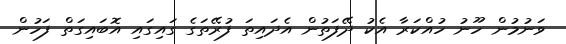
ވަނުމުން ހޫނު ހުއްކަރާ އެކު ދޭފަތުން އެދައިތަ ފުރޭތަގެ ގައިގައި އޮބައިގަތް ފަހުން